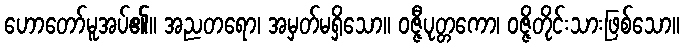
ဟောတော်မူအပ်၏။ အညတရော၊ အမှတ်မရှိသော။ ဝဇ္ဇီပုတ္တကော၊ ဝဇ္ဇိတိုင်းသားဖြစ်သော။